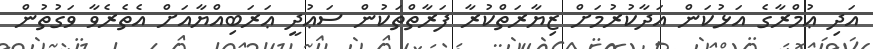
އަދި ޢުމްރާގެ އަޅުކަން އަދާކުރުމަށް ޒިޔާރަތްކުރާ ފަރާތްތަކުން ސަޢުދީ ޢަރަބިއްޔާއަށް އެތެރެވާ ވަގުތުން